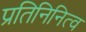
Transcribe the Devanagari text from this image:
प्रतिनिनित्व